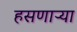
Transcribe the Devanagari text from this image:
हसणाऱ्या